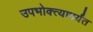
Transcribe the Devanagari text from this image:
उपभोक्त्यापर्यंत